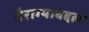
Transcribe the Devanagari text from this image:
वैराग्याबद्दल